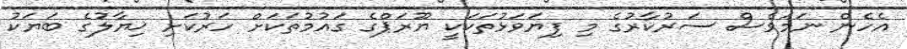
އެހެން ނަމަވެސް ސަރުކާރުގެ މި ފިޔަވަޅުތަކަކީ ޔޫރަޕްގެ ގައުމުތަކަށް ހަރުކަށި ޚިޔާލުގެ ބަޔަކު